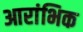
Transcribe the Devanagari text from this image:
आरांभिक